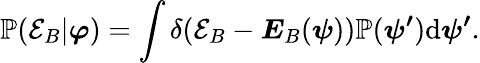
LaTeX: \mathbb{P}(\mathcal{E}_{B}|\boldsymbol{\varphi})=\int\delta(\mathcal{E}_{B}-\boldsymbol{E}_{B}(\boldsymbol{\psi}))\mathbb{P}(\boldsymbol{\psi^{\prime}})\mathrm{d}\boldsymbol{\psi^{\prime}}.